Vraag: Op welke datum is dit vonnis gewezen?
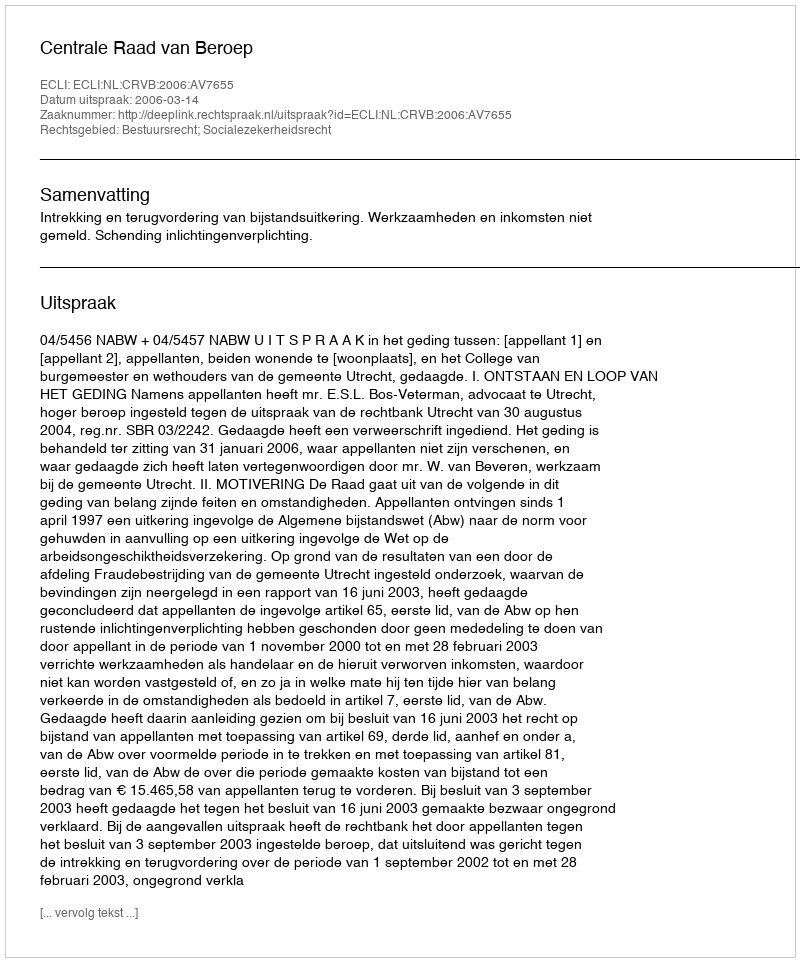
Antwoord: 2006-03-14